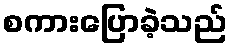
စကားပြောခဲ့သည်